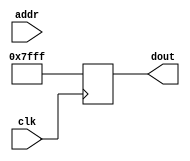
module square_rom (
    input clk,
    input [9:0] addr,
    output reg [15:0] dout
);

    always @(posedge clk)
        dout = 16'd32767;

    
endmodule